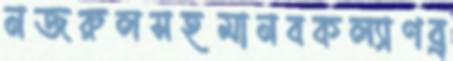
নজরুলসহমানবকল্যাণব্র